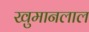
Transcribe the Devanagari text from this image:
खुमानलाल